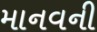
માનવની